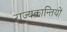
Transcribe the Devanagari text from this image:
राज्यक्रान्तियों